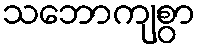
သဘောကျစွာ